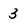
Character: 3